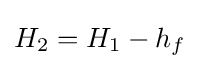
H_{2}=H_{1}-h_{f}